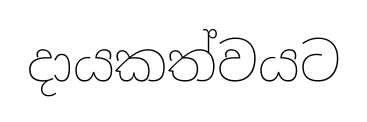
දායකත්වයට